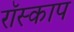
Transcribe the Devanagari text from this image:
रॉस्काप